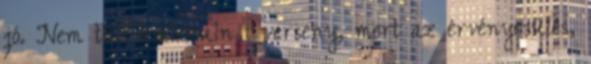
jó. Nem tud kialakuln i verseny, mert az érvényesülés,